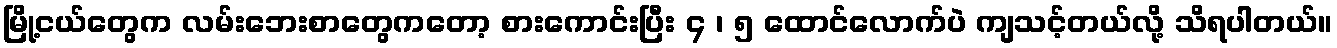
မြို့ငယ်တွေက လမ်းဘေးစာတွေကတော့ စားကောင်းပြီး ၄ ၊ ၅ ထောင်လောက်ပဲ ကျသင့်တယ်လို့ သိရပါတယ်။